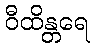
ဝီထိန္တရေ